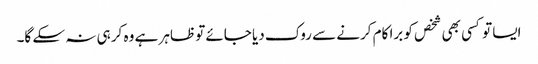
ایسا تو کسی بھی شخص کو برا کام کرنے سے روک دیا جائے تو ظاہر ہے وہ کر ہی نہ سکے گا۔